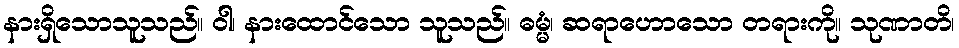
နားရှိသောသူသည်။ ဝါ၊ နားထောင်သော သူသည်။ ဓမ္မံ၊ ဆရာဟောသော တရားကို။ သုဏာတိ၊